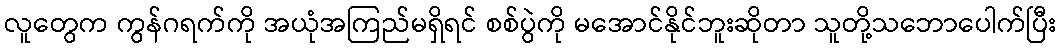
လူတွေက ကွန်ဂရက်ကို အယုံအကြည်မရှိရင် စစ်ပွဲကို မအောင်နိုင်ဘူးဆိုတာ သူတို့သဘောပေါက်ပြီး